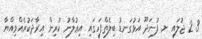
3 2 ޖުލައި ށ. ފުނަދޫ އަޅުގަނޑު ބިލެތްފަހީގައި އިޢުލާނު ކުރިން އިރާދަކުރެއްވިއްޔާ